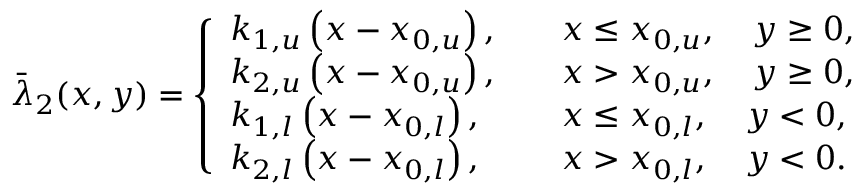
\Bar { \lambda } _ { 2 } ( x , y ) = \left\{ \begin{array} { l l } { k _ { 1 , u } \left( x - x _ { 0 , u } \right) , } & { \quad x \leq x _ { 0 , u } , \quad y \geq 0 , } \\ { k _ { 2 , u } \left( x - x _ { 0 , u } \right) , } & { \quad x > x _ { 0 , u } , \quad y \geq 0 , } \\ { k _ { 1 , l } \left( x - x _ { 0 , l } \right) , } & { \quad x \leq x _ { 0 , l } , \quad y < 0 , } \\ { k _ { 2 , l } \left( x - x _ { 0 , l } \right) , } & { \quad x > x _ { 0 , l } , \quad y < 0 . } \end{array} \right.